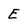
Character: E